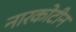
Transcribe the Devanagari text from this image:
नारकोटीन